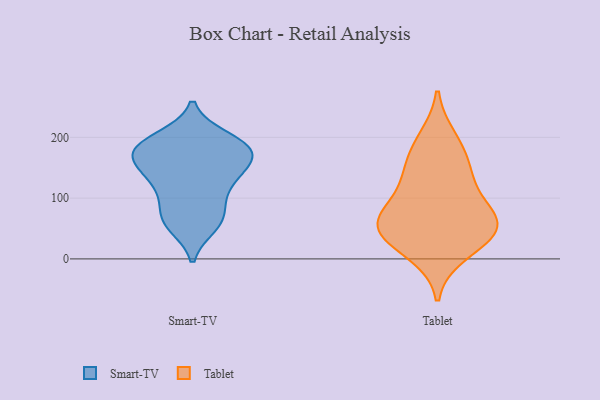
{"axis": {"x": "Churn Rate (%)", "y": "Value"}, "legend": ["Smart-TV", "Tablet"], "data": [{"x": "", "y": 59, "type": "Smart-TV"}, {"x": "", "y": 60, "type": "Smart-TV"}, {"x": "", "y": 183, "type": "Smart-TV"}, {"x": "", "y": 174, "type": "Smart-TV"}, {"x": "", "y": 173, "type": "Smart-TV"}, {"x": "", "y": 154, "type": "Smart-TV"}, {"x": "", "y": 200, "type": "Smart-TV"}, {"x": "", "y": 133, "type": "Smart-TV"}, {"x": "", "y": 200, "type": "Smart-TV"}, {"x": "", "y": 179, "type": "Smart-TV"}, {"x": "", "y": 138, "type": "Smart-TV"}, {"x": "", "y": 155, "type": "Smart-TV"}, {"x": "", "y": 54, "type": "Smart-TV"}, {"x": "", "y": 111, "type": "Smart-TV"}, {"x": "", "y": 126, "type": "Smart-TV"}, {"x": "", "y": 90, "type": "Smart-TV"}, {"x": "", "y": 74, "type": "Smart-TV"}, {"x": "", "y": 182, "type": "Smart-TV"}, {"x": "", "y": 181, "type": "Smart-TV"}, {"x": "", "y": 10, "type": "Tablet"}, {"x": "", "y": 132, "type": "Tablet"}, {"x": "", "y": 46, "type": "Tablet"}, {"x": "", "y": 131, "type": "Tablet"}, {"x": "", "y": 59, "type": "Tablet"}, {"x": "", "y": 197, "type": "Tablet"}, {"x": "", "y": 68, "type": "Tablet"}, {"x": "", "y": 37, "type": "Tablet"}, {"x": "", "y": 77, "type": "Tablet"}, {"x": "", "y": 52, "type": "Tablet"}, {"x": "", "y": 171, "type": "Tablet"}]}